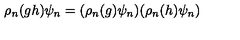
\rho _ { n } ( g h ) \psi _ { n } = ( \rho _ { n } ( g ) \psi _ { n } ) ( \rho _ { n } ( h ) \psi _ { n } )